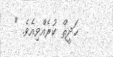
ޙަދީޘް ކުރެއްވިއެވެ. "